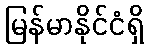
မြန်မာနိုင်ငံရှိ